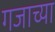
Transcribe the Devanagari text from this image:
गजाच्या